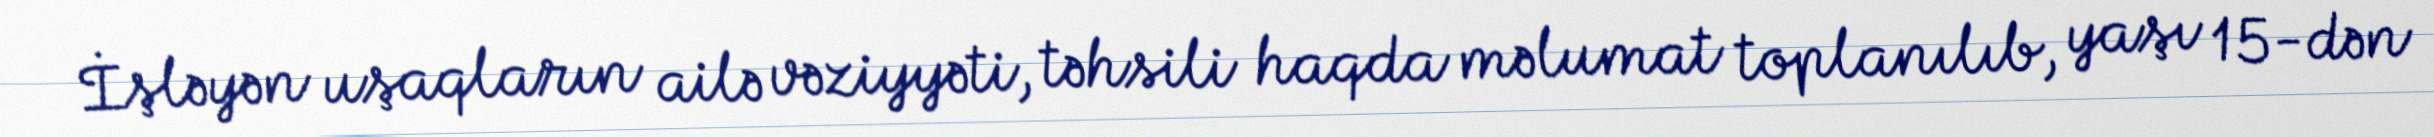
İşləyən uşaqların ailə vəziyyəti, təhsili haqda məlumat toplanılıb, yaşı 15-dən